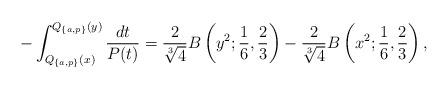
LaTeX: \begin{align*}-\int^{Q_{\{a,p\}}(y)}_{Q_{\{a,p\}}(x)}\frac{dt}{P(t)}=\frac{2}{\sqrt[3]{4}}B\left(y^2;\frac{1}{6},\frac{2}{3}\right)-\frac{2}{\sqrt[3]{4}}B\left(x^2;\frac{1}{6},\frac{2}{3}\right),\end{align*}